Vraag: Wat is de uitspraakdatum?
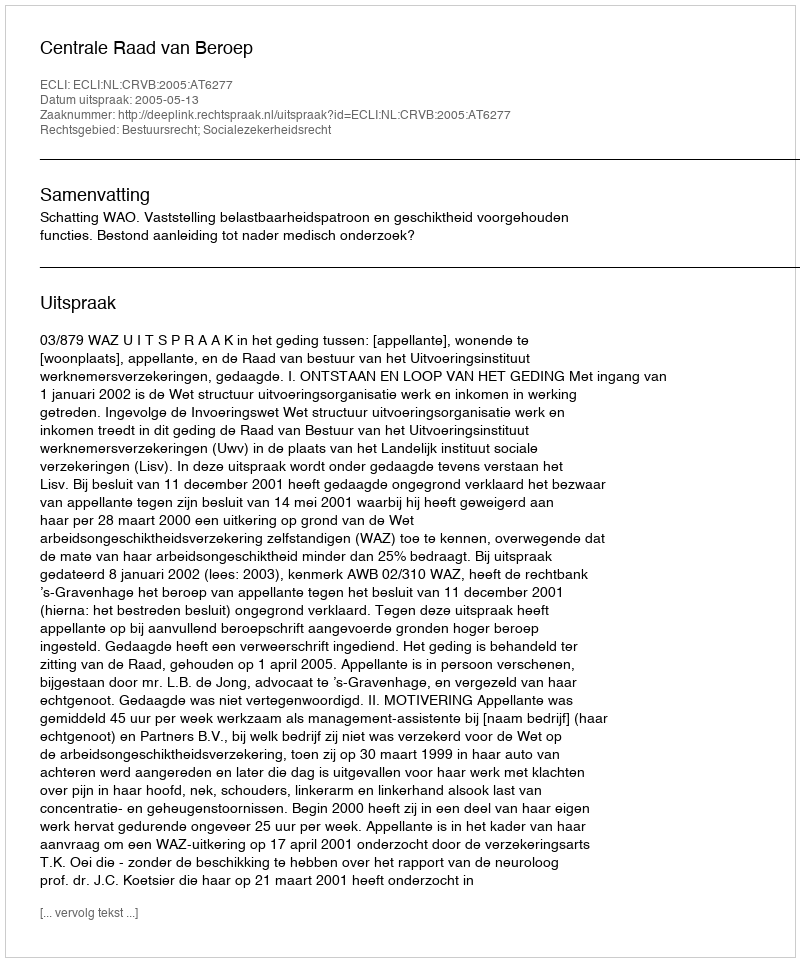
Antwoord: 2005-05-13